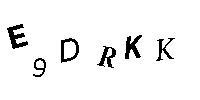
39DRKK